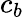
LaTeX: c_{b}